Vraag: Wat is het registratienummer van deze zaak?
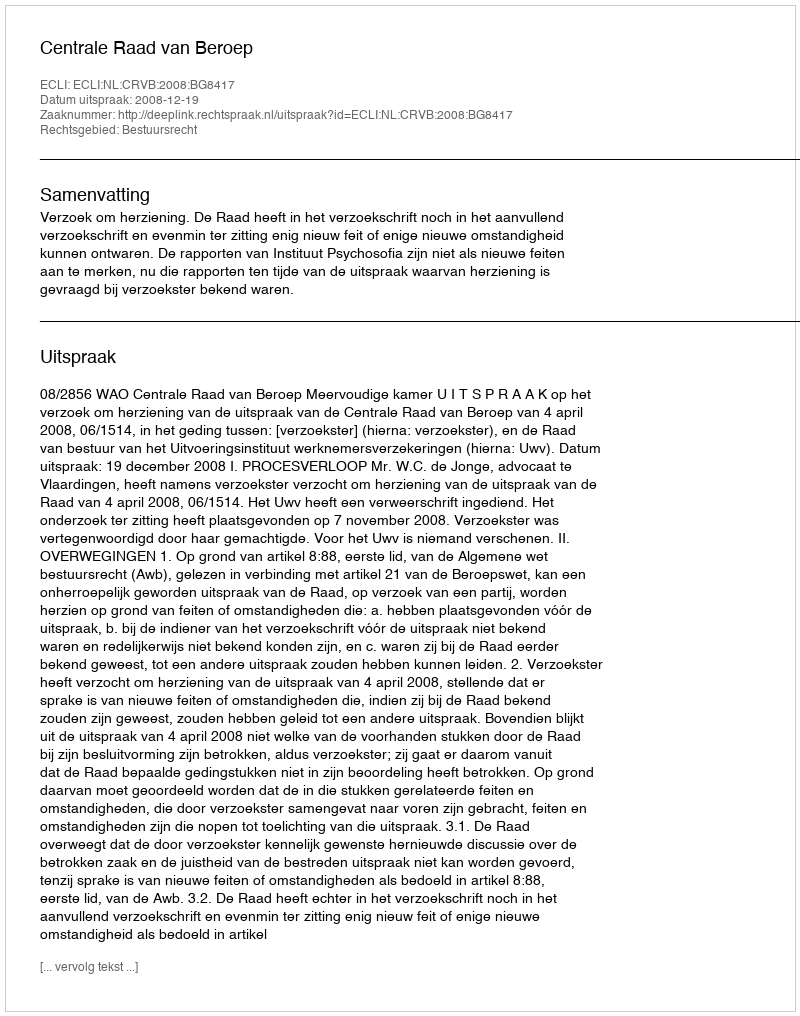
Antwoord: http://deeplink.rechtspraak.nl/uitspraak?id=ECLI:NL:CRVB:2008:BG8417